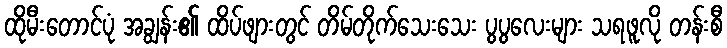
ထိုမီးတောင်ပုံ အချွန်း၏ ထိပ်ဖျားတွင် တိမ်တိုက်သေးသေး ပွပွလေးများ သရဖူလို တန်းစီ